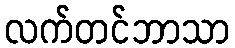
လက်တင်ဘာသာ